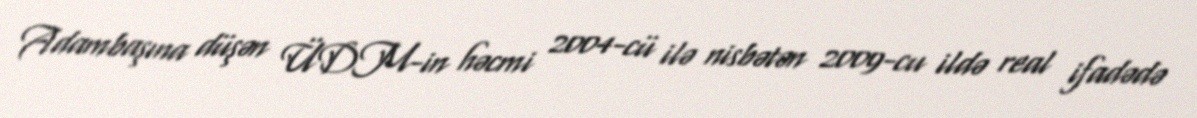
Adambaşına düşən ÜDM-in həcmi 2004-cü ilə nisbətən 2009-cu ildə real ifadədə